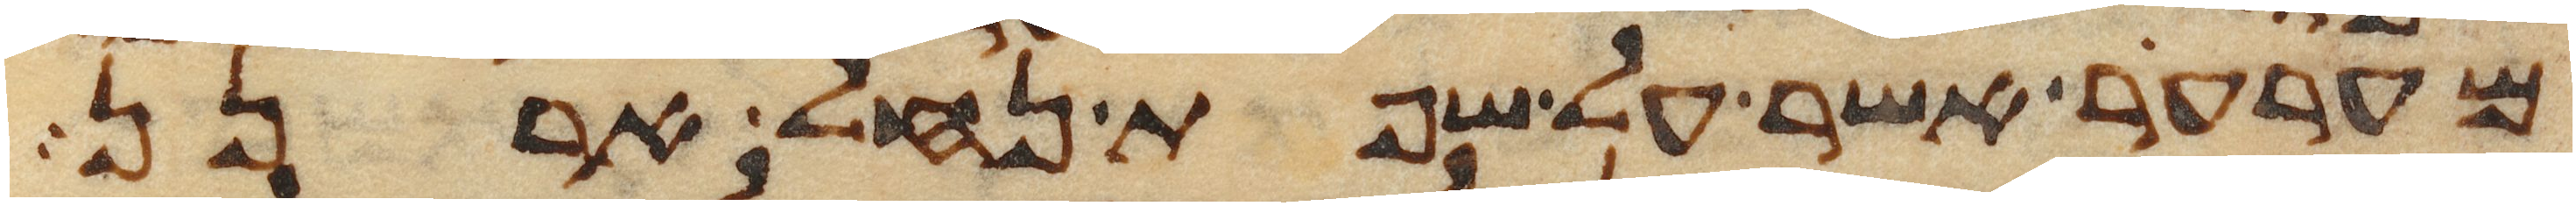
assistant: מערער אשר על שפת נחל ארנן